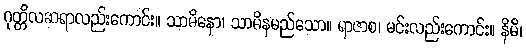
ဂုတ္တိလဆရာလည်းကောင်း။ သာဓိနော၊ သာဓိနမည်သော။ ရာဇာစ၊ မင်းလည်းကောင်း။ နိမိ၊